Civil Veterinary Department. Madras. Admin. report 1926-33 - 1926-1933
Year: 1926
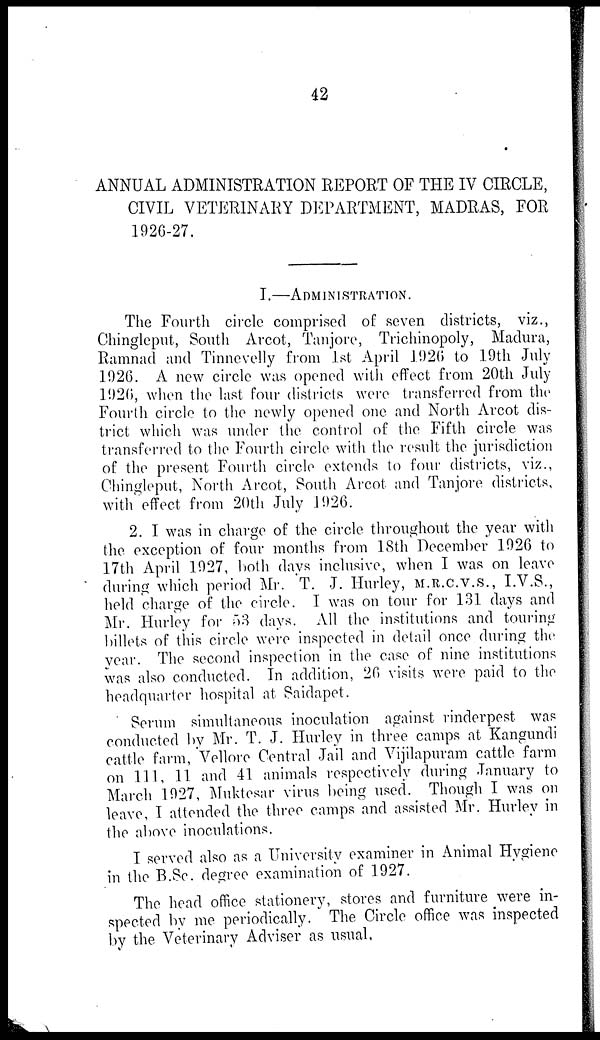
42
ANNUAL ADMINISTRATION REPORT OF THE IV CIRCLE,
CIVIL VETERINARY DEPARTMENT, MADRAS, FOR
1926-27.
I.—ADMINISTRATION.
The Fourth circle comprised of seven districts, viz.,
Chingleput, South Arcot, Tanjore, Trichinopoly, Madura,
Ramnad and Tinnevelly from 1st April 1926 to 19th July
1926. A new circle was opened with effect from 20th July
1926, when the last four districts were transferred from the
Fourth circle to the newly opened one and North Arcot dis-
trict which was under the control of the Fifth circle was
transferred to the Fourth circle with the result the jurisdiction
of the present Fourth circle extends to four districts, viz.,
Chingleput, North Arcot, South Arcot and Tanjore districts,
with effect from 20th July 1926.
2. I was in charge of the circle throughout the year with
the exception of four months from 18th December 1926 to
17th April 1927, both days inclusive, when I was on leave
during which period Mr. T. J. Hurley, M.R.C.V.S., I.V.S.,
held charge of the circle. I was on tour for 131 days and
Mr. Hurley for 53 days. All the institutions and touring
billets of this circle were inspected in detail once during the
year. The second inspection in the case of nine institutions
was also conducted. In addition, 26 visits were paid to the
headquarter hospital at Saidapet.
Serum simultaneous inoculation against rinderpest was
conducted by Mr. T. J. Hurley in three camps at Kangundi
cattle farm, Vellore Central Jail and Vijilapuram cattle farm
on 111, 11 and 41 animals respectively during January to
March 1927, Muktesar virus being used. Though I was on
leave, I attended the three camps and assisted Mr. Hurley in
the above inoculations.
I served also as a University examiner in Animal Hygiene
in the B.Sc. degree examination of 1927.
The head office stationery, stores and furniture were in-
spected by me periodically. The Circle office was inspected
by the Veterinary Adviser as usual,